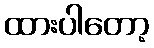
ထားပါတော့